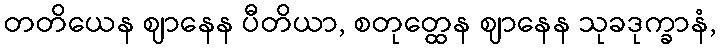
တတိယေန ဈာနေန ပီတိယာ, စတုတ္ထေန ဈာနေန သုခဒုက္ခာနံ,